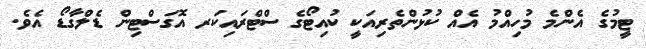
ޓީމުގެ އެންމެ މުހިއްމު އެއް ކުޅުންތެރިއަކީ ކުއިޓޯގެ ސްޓްރައިކަރ އޮގަސްޓިން ޑެލްގާޑޯ އެވެ.